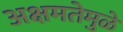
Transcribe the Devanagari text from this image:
अक्षमतेमुळे